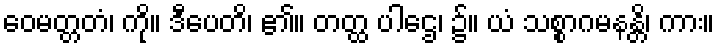
ဝေမတ္တတံ၊ ကို။ ဒီပေတိ၊ ၏။ တတ္ထ ပါဌေ၊ ၌။ ယံ သစ္စာဂမနန္တိ၊ ကား။